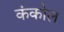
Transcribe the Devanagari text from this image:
कंकोल